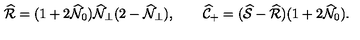
\widehat { \cal R } = ( 1 + 2 \widehat { \cal N } _ { 0 } ) \widehat { \cal N } _ { \perp } ( 2 - \widehat { \cal N } _ { \perp } ) , \qquad \widehat { \cal C } _ { + } = ( \widehat { \cal S } - \widehat { \cal R } ) ( 1 + 2 \widehat { \cal N } _ { 0 } ) .